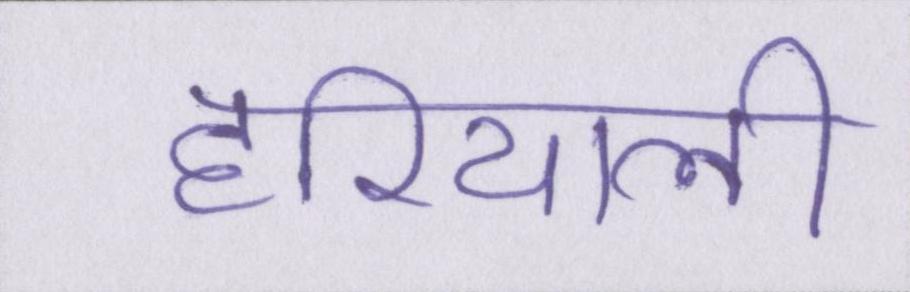
हरियाली